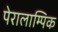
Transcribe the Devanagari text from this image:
पेरालाम्पिक